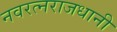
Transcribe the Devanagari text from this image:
नवरत्नराजधानी